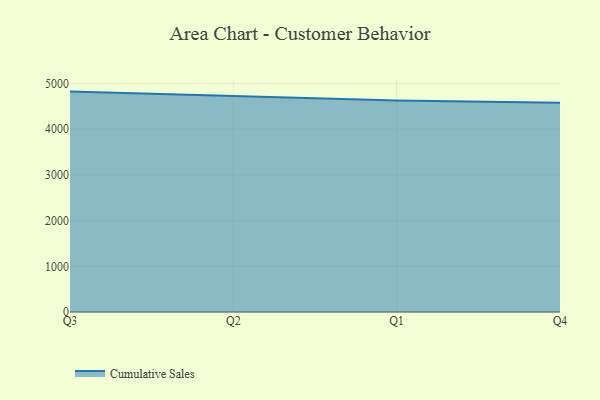
{"axis": {"x": "Quarter", "y": "Budget (USD K)"}, "legend": ["Cumulative Sales"], "data": [{"x": "Q3", "y": 4824.0, "type": "Cumulative Sales"}, {"x": "Q2", "y": 4729.7, "type": "Cumulative Sales"}, {"x": "Q1", "y": 4629.4, "type": "Cumulative Sales"}, {"x": "Q4", "y": 4578.0, "type": "Cumulative Sales"}]}